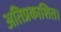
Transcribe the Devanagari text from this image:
अतिप्रकाशित।